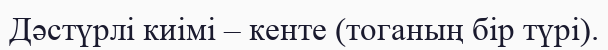
Дәстүрлі киімі – кенте (тоганың бір түрі).